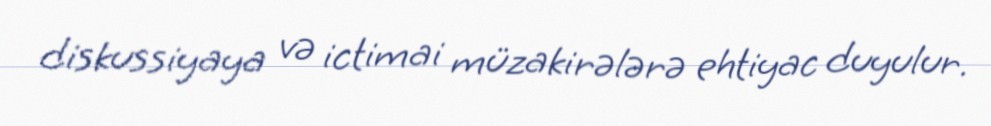
diskussiyaya və ictimai müzakirələrə ehtiyac duyulur.